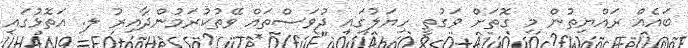
ބައެއް ރައްޔިތުން މި ގޮތަށް ވަގުތީ ހިޔަލުގައި ދުވަސްތައް ވޭތުކުރަމުންދާއިރު ލ. އަތޮޅުގައި